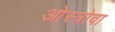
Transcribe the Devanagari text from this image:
ओस्त्रोवा